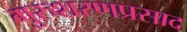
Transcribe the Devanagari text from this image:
गुरुशरणप्रसाद